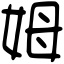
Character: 姆